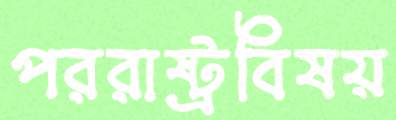
পররাষ্ট্রবিষয়